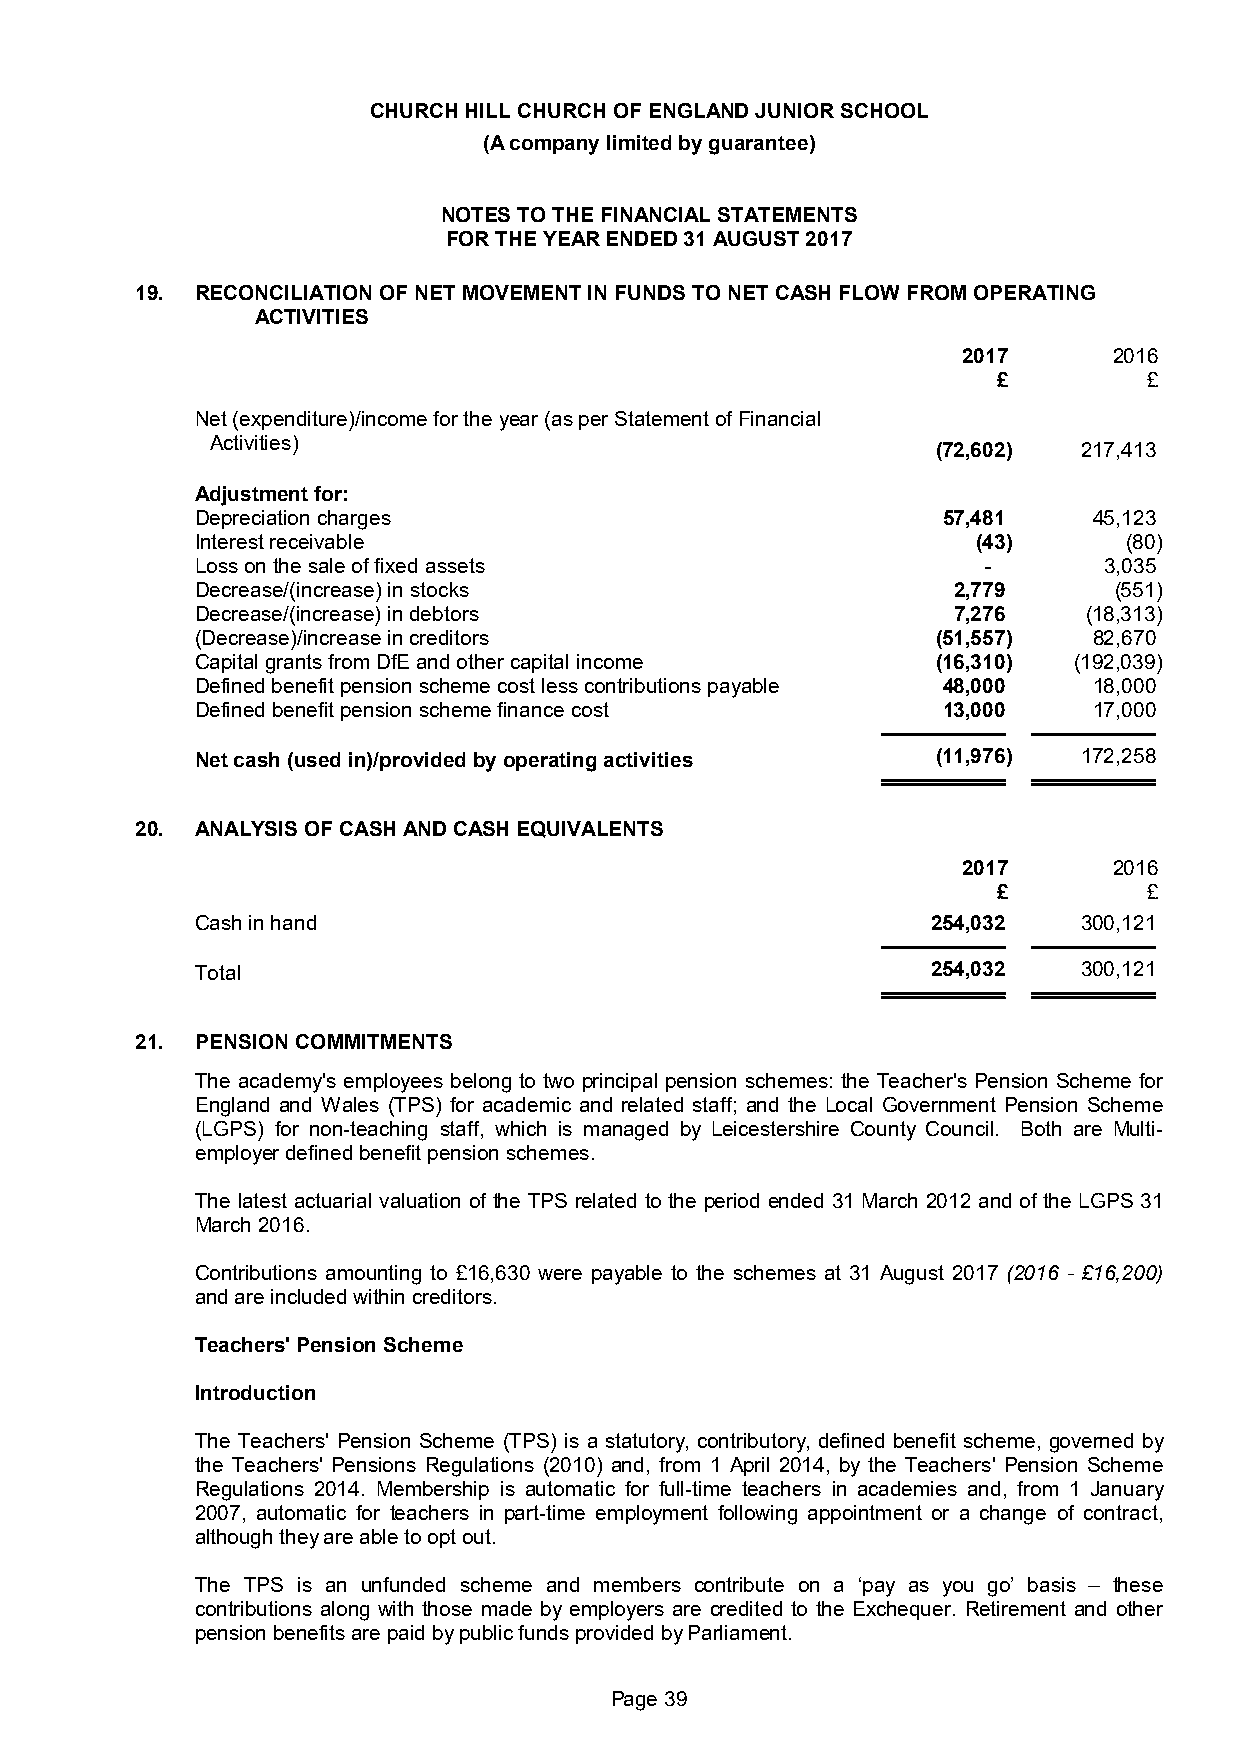
CHURCH HILL CHURCH OF ENGLAND JUNIOR SCHOOL
 (A company limited by guarantee)
 NOTES TO THE FINANCIAL STATEMENTS
 FOR THE YEAR ENDED 31 AUGUST 2017
 19. RECONCILIATION OF NET MOVEMENT IN FUNDS TO NET CASH FLOW FROM OPERATING
 ACTIVITIES
 2017      2016
 £         £
 Net (expenditure)/income for the year (as per Statement of Financial
 Activities)
 (72,602)  217,413
 Adjustment for:
 Depreciation charges                             57,481    45,123
 Interest receivable                                 (43)     (80)
 Loss on the sale of fixed assets                    -       3,035
 Decrease/(increase) in stocks                     2,779      (551)
 Decrease/(increase) in debtors                    7,276    (18,313)
 (Decrease)/increase in creditors                 (51,557)  82,670
 Capital grants from DfE and other capital income (16,310) (192,039)
 Defined benefit pension scheme cost less contributions payable 48,000 18,000
 Defined benefit pension scheme finance cost      13,000    17,000
 Net cash (used in)/provided by operating activities (11,976) 172,258
 20. ANALYSIS OF CASH AND CASH EQUIVALENTS
 2017      2016
 £         £
 Cash in hand                                     254,032   300,121
 Total                                            254,032   300,121
 21. PENSION COMMITMENTS
 The academy's employees belong to two principal pension schemes: the Teacher's Pension Scheme for
 England and Wales (TPS) for academic and related staff; and the Local Government Pension Scheme
 (LGPS) for non-teaching staff, which is managed by Leicestershire County Council. Both are Multi-
 employer defined benefit pension schemes.
 The latest actuarial valuation of the TPS related to the period ended 31 March 2012 and of the LGPS 31
 March 2016.
 Contributions amounting to £16,630 were payable to the schemes at 31 August 2017 (2016 - £16,200)
 and are included within creditors.
 Teachers' Pension Scheme
 Introduction
 The Teachers' Pension Scheme (TPS) is a statutory, contributory, defined benefit scheme, governed by
 the Teachers' Pensions Regulations (2010) and, from 1 April 2014, by the Teachers' Pension Scheme
 Regulations 2014. Membership is automatic for full-time teachers in academies and, from 1 January
 2007, automatic for teachers in part-time employment following appointment or a change of contract,
 although they are able to opt out.
 The TPS is an unfunded scheme and members contribute on a ‘pay as you go’ basis – these
 contributions along with those made by employers are credited to the Exchequer. Retirement and other
 pension benefits are paid by public funds provided by Parliament.
 Page 39